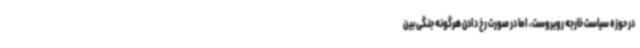
در حوزه سیاست خارجه روبروست، اما در صورت رخ دادن هرگونه جنگی بین